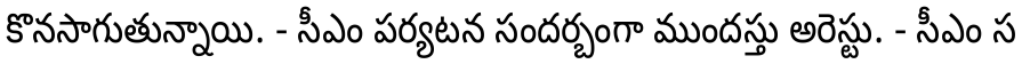
కొనసాగుతున్నాయి. - సీఎం పర్యటన సందర్బంగా ముందస్తు అరెస్టు. - సీఎం స